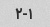
۲-۱